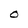
Character: O